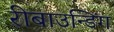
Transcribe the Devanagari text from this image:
रीबाउन्डिंग